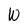
Character: W